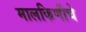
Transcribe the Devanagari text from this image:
मालकिणीचे